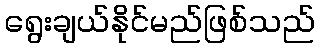
ရွေးချယ်နိုင်မည်ဖြစ်သည်